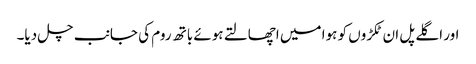
اور اگلے پل ان ٹکڑوں کو ہوا میں اچھالتے ہوئے باتھ روم کی جانب چل دیا۔